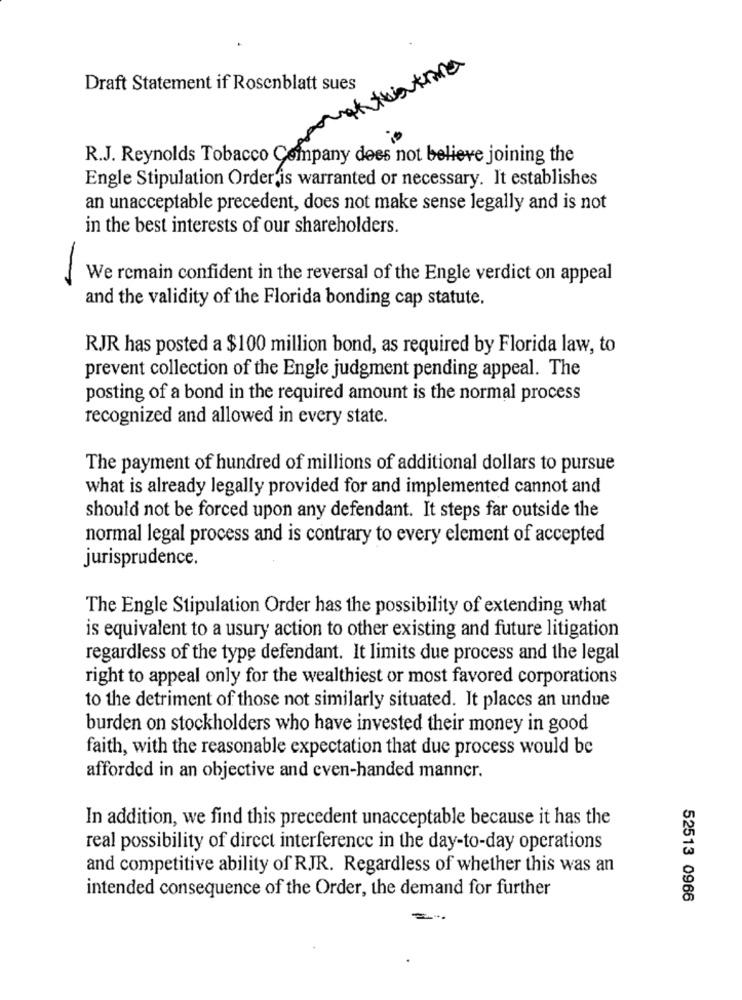
Draft Statement if Rosenblatt sues
R.J. Reynolds Tobacco Company does not believe joining the
Engle Stipulation Order is warranted or necessary. It establishes
an unacceptable precedent, does not make sense legally and is not
in the best interests of our shareholders.
We remain confident in the reversal of the Engle verdict on appeal
and the validity of the Florida bonding cap statute.
RJR has posted a $100 million bond, as required by Florida law, to
prevent collection of the Engle judgment pending appeal. The
posting of a bond in the required amount is the normal process
recognized and allowed in every state.
The payment of hundred of millions of additional dollars to pursue
what is already legally provided for and implemented cannot and
should not be forced upon any defendant. It steps far outside the
normal legal process and is contrary to every element of accepted
jurisprudence.
The Engle Stipulation Order has the possibility of extending what
is equivalent to a usury action to other existing and future litigation
regardless of the type defendant. It limits due process and the legal
right to appeal only for the wealthiest or most favored corporations
to the detriment of those not similarly situated. It places an undue
burden on stockholders who have invested their money in good
faith, with the reasonable expectation that due process would be
afforded in an objective and even-handed manner.
In addition, we find this precedent unacceptable because it has the
real possibility of direct interference in the day-to-day operations
and competitive ability of RJR. Regardless of whether this was an
intended consequence of the Order, the demand for further
52513 0966